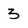
Character: 3